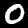
Label: 0